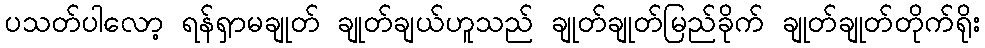
ပသတ်ပါလော့ ရန်ရှာမချုတ် ချုတ်ချယ်ဟူသည် ချုတ်ချုတ်မြည်ခိုက် ချုတ်ချုတ်တိုက်ရိုး